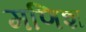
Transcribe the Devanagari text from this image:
मणिश